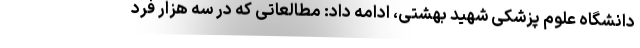
دانشگاه علوم پزشکی شهید بهشتی، ادامه داد: مطالعاتی که در سه هزار فرد